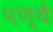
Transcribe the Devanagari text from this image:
पण्यै